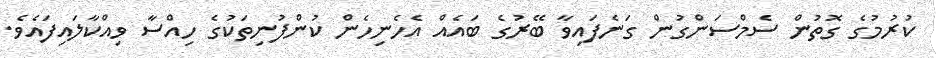
ކުރުމުގެ ގޮތުން ސެމްސަންގުން ގަނެފައިވާ ބޭރުގެ ބައެއް އެހެނިހެން ކުންފުނިތަކުގެ ހިއްސާ ވިއްކާލައިފައެވެ.